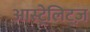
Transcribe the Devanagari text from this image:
आस्ट्रेलिट्ज़